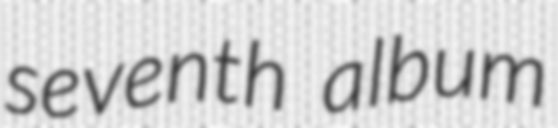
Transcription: seventh album